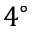
4 ^ { \circ }